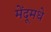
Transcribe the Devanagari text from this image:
मेंदूमधे